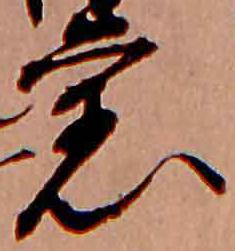
旧